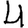
Digit: 4